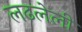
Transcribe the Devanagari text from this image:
लढलेली